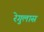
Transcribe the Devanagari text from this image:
रेगुलास